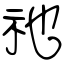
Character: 祂